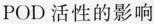
POD活性的影响